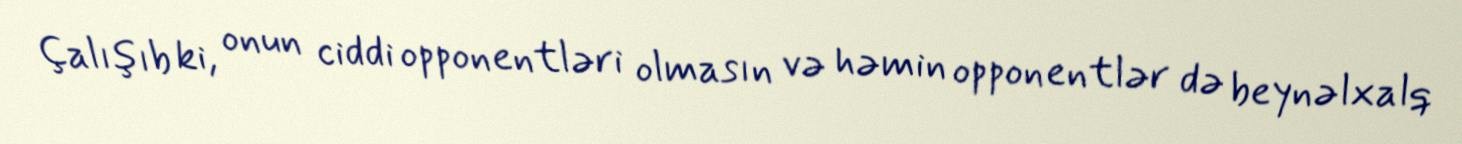
Çalışıb ki, onun ciddi opponentləri olmasın və həmin opponentlər də beynəlxalq